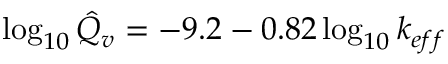
\log _ { 1 0 } { \hat { Q } _ { v } } = - 9 . 2 - 0 . 8 2 \log _ { 1 0 } { k _ { e f f } }